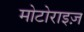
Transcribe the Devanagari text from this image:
मोटोराइज़